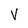
Character: V